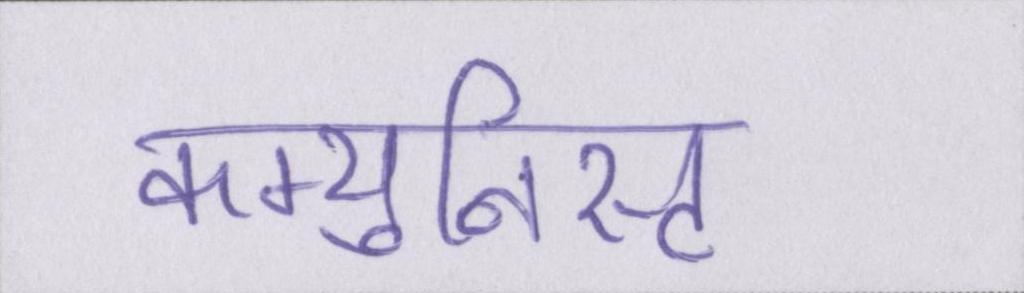
कम्युनिस्ट